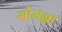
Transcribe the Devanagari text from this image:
सोमन्ना